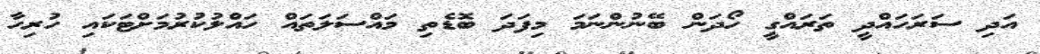
އަދި ސަރަހައްދީ ތަރައްގީ ހޯދަން ބޭނުންނަމަ މިފަދަ ބޮޑެތި މައްސަލަތައް ހައްލުކުރުމަށްޓަކައި ހުރިހާ